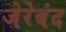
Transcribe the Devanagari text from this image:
जेरेबंद